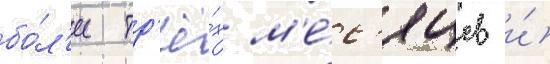
бо́л'ее тр'ё́х м'е́с'яцев и́